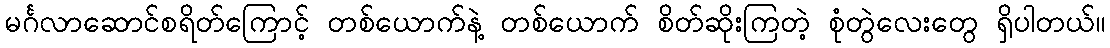
မင်္ဂလာဆောင်စရိတ်ကြောင့် တစ်ယောက်နဲ့ တစ်ယောက် စိတ်ဆိုးကြတဲ့ စုံတွဲလေးတွေ ရှိပါတယ်။